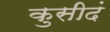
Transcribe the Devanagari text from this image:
कुसीदं